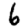
Digit: 6